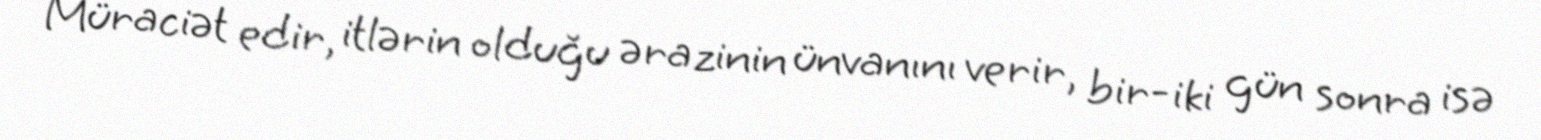
Müraciət edir, itlərin olduğu ərazinin ünvanını verir, bir-iki gün sonra isə